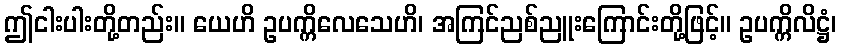
ဤငါးပါးတို့တည်း။ ယေဟိ ဥပက္ကိလေသေဟိ၊ အကြင်ညစ်ညူးကြောင်းတို့ဖြင့်။ ဥပက္ကိလိဋ္ဌံ၊